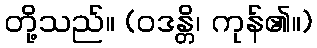
တို့သည်။ (ဝဒန္တိ၊ ကုန်၏။)